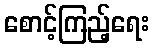
စောင့်ကြည့်ရေး